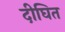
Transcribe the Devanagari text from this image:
दीघित